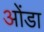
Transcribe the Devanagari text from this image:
ओंडा